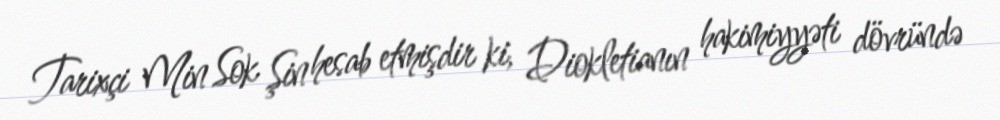
Tarixçi Min Sok Şin hesab etmişdir ki, Diokletianın hakimiyyəti dövründə